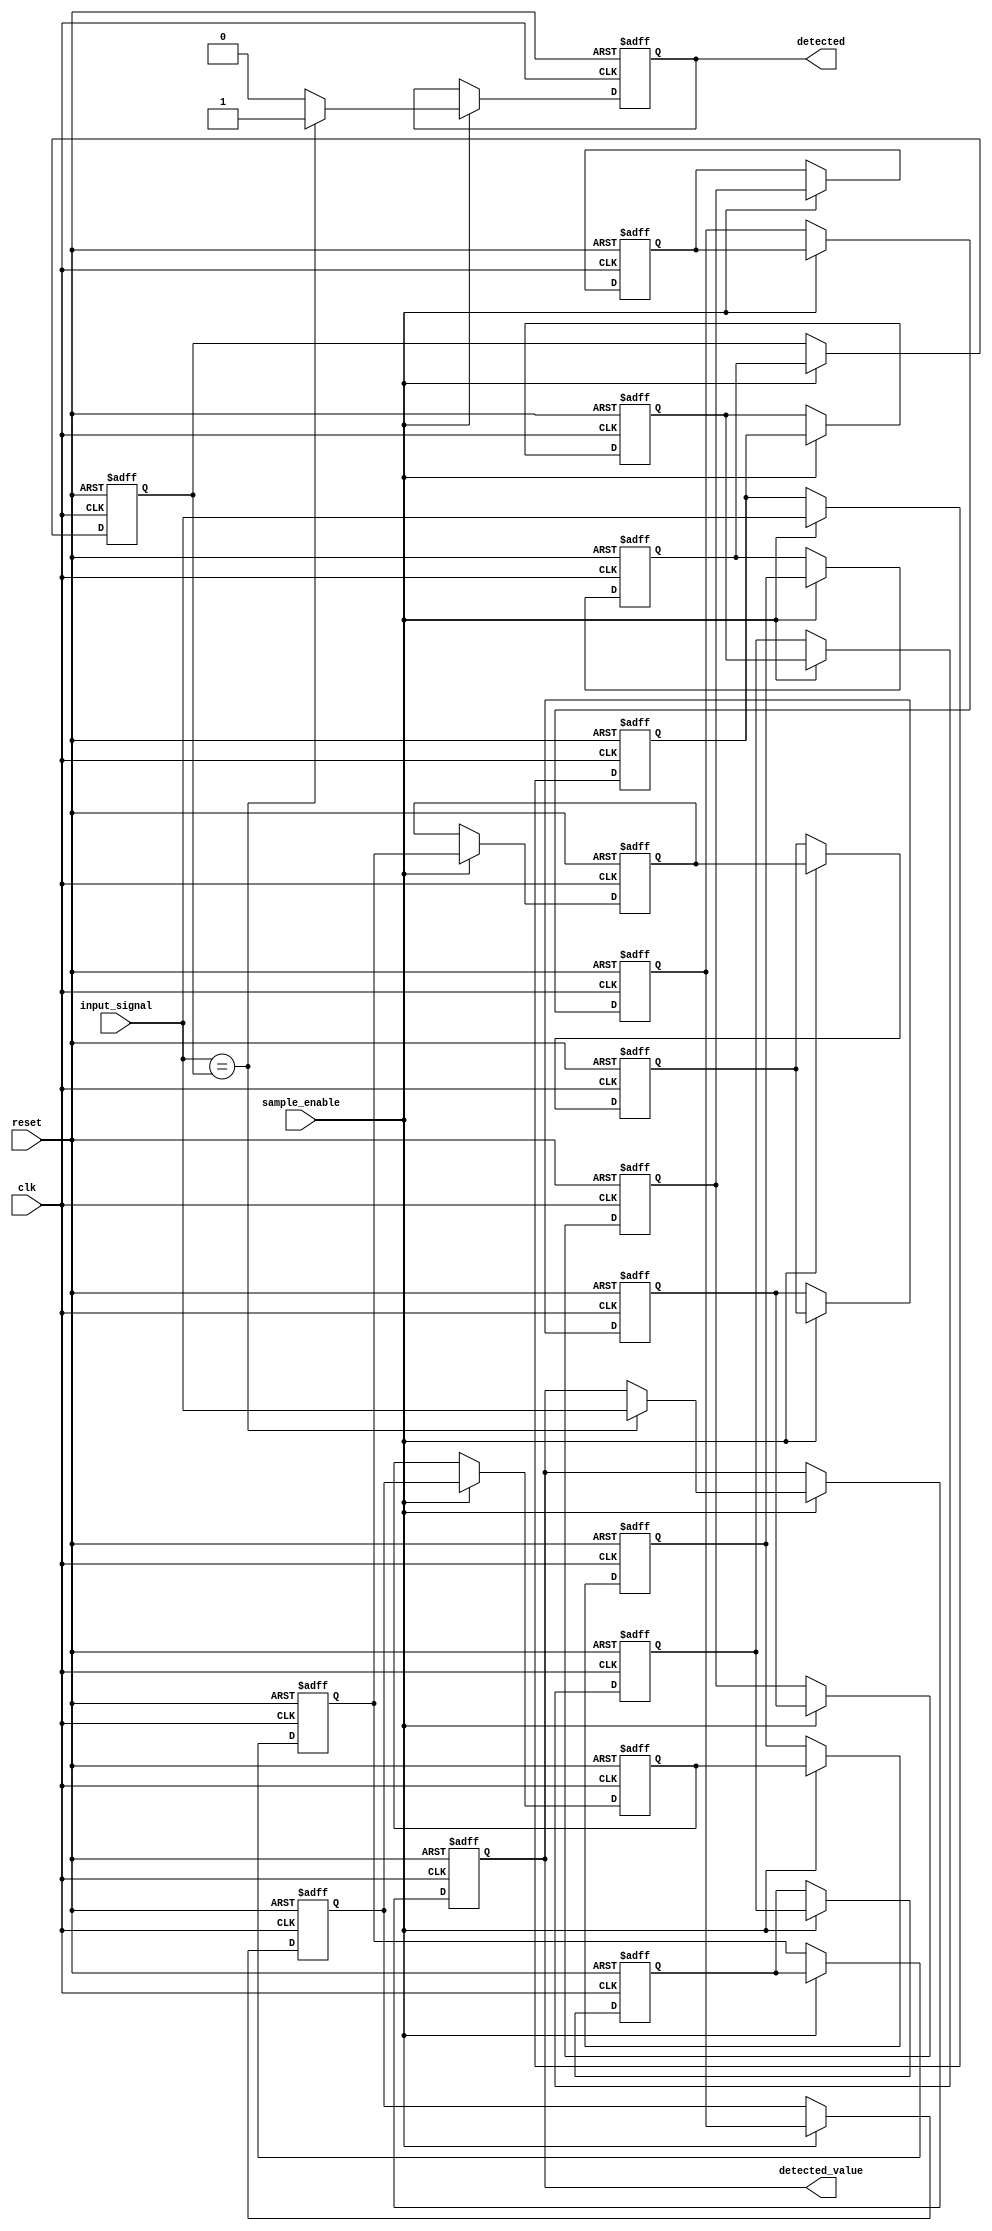
module MemoryBlocksSamplingDelayLineDetector #(
    parameter DATA_WIDTH = 8,        // Width of the input data
    parameter DELAY_LENGTH = 16,      // Number of memory blocks in the delay line
    parameter SAMPLING_RATE = 10      // Sampling rate (in clock cycles)
)(
    input wire clk,                   // System clock
    input wire reset,                 // Reset signal
    input wire sample_enable,         // Signal to enable sampling
    input wire [DATA_WIDTH-1:0] input_signal, // Input signal to be sampled
    output reg detected,              // Detection output signal
    output reg [DATA_WIDTH-1:0] detected_value // Value of detected signal
);

    // Memory blocks for delay line
    reg [DATA_WIDTH-1:0] memory [0:DELAY_LENGTH-1];
    integer i;

    // Sample counter
    reg [3:0] sample_counter;

    // Comparator logic
    wire match;
    assign match = (input_signal == memory[DELAY_LENGTH-1]); // Compare with the oldest sample

    // Control logic
    always @(posedge clk or posedge reset) begin
        if (reset) begin
            // Reset all memory blocks and outputs
            for (i = 0; i < DELAY_LENGTH; i = i + 1) begin
                memory[i] <= 0;
            end
            detected <= 0;
            detected_value <= 0;
            sample_counter <= 0;
        end else if (sample_enable) begin
            // Shift memory blocks
            for (i = DELAY_LENGTH-1; i > 0; i = i - 1) begin
                memory[i] <= memory[i-1];
            end
            // Store the new sample
            memory[0] <= input_signal;

            // Check for detection
            if (match) begin
                detected <= 1;
                detected_value <= input_signal; // Store the detected value
            end else begin
                detected <= 0;
            end
        end
    end

endmodule